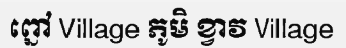
ព្នៅ Village ភូមិ ខ្វាវ Village